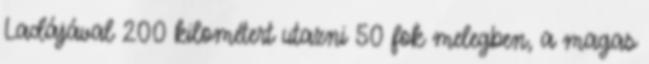
Ladájával 200 kilométert utazni 50 fok melegben, a magas